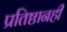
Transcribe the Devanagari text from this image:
प्रतिष्ठानही